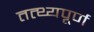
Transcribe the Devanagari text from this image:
तत्थ्यपूर्ण